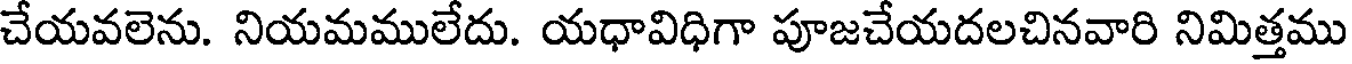
చేయవలెను. నియమములేదు. యధావిధిగా పూజచేయదలచినవారి నిమిత్తము